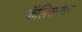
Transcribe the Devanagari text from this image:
कॅलिसनंतर